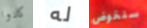
كادوا له سنخوض